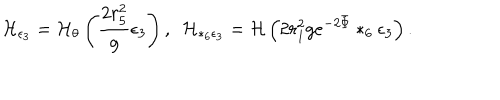
{ \cal H } _ { \epsilon _ { 3 } } = { \cal H } _ { \theta } \left( { \frac { 2 r _ { 5 } ^ { 2 } } { g } } \epsilon _ { 3 } \right) , ~ ~ { \cal H } _ { * _ { 6 } \epsilon _ { 3 } } = { \cal H } \left( 2 r _ { 1 } ^ { 2 } g e ^ { - 2 \bar { \Phi } } * _ { 6 } \epsilon _ { 3 } \right) .